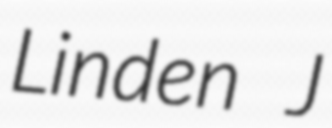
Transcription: Linden J